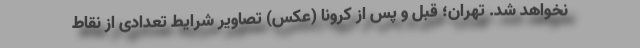
نخواهد شد. تهران؛ قبل و پس از کرونا (عکس) تصاویر شرایط تعدادی از نقاط